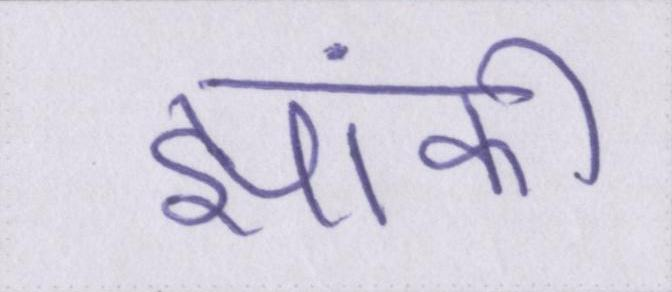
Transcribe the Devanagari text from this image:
झांकी